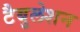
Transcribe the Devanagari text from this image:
टैबुलेशन